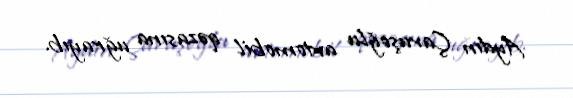
Aydın Çavuşoğlu avtomobil qəzasına uğrayıb.